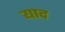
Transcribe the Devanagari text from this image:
याद